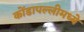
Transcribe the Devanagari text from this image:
कोंडापल्लीमध्ये